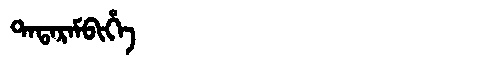
Manchu: ᡨᠠᡨᠠᡵᠠᠮᠪᡳᡥᡝ
Romanization: TATARAMBIHE